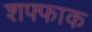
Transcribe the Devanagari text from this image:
शफ्फाक